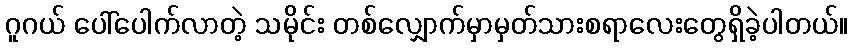
ဂူဂယ် ပေါ်ပေါက်လာတဲ့ သမိုင်း တစ်လျှောက်မှာမှတ်သားစရာလေးတွေရှိခဲ့ပါတယ်။